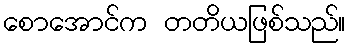
စောအောင်က တတိယဖြစ်သည်။